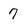
Character: 7